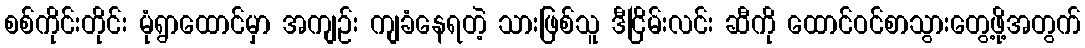
စစ်ကိုင်းတိုင်း မုံရွာထောင်မှာ အကျဉ်း ကျခံနေရတဲ့ သားဖြစ်သူ ဒီငြိမ်းလင်း ဆီကို ထောင်ဝင်စာသွားတွေ့ဖို့အတွက်